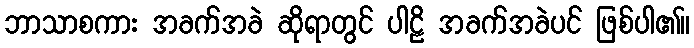
ဘာသာစကား အခက်အခဲ ဆိုရာတွင် ပါဠိ အခက်အခဲပင် ဖြစ်ပါ၏။